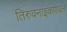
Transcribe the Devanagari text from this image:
तिरुवनाइकणवल